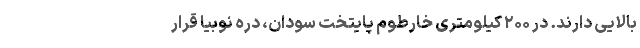
بالایی دارند. در ۲۰۰ کیلومتری خارطوم پایتخت سودان، دره نوبیا قرار